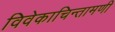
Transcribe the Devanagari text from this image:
विवेकाचिन्तामणी